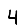
Digit: 4